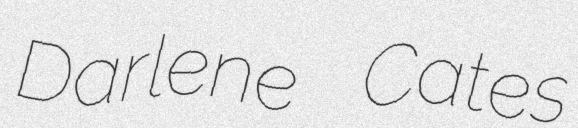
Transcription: Darlene Cates